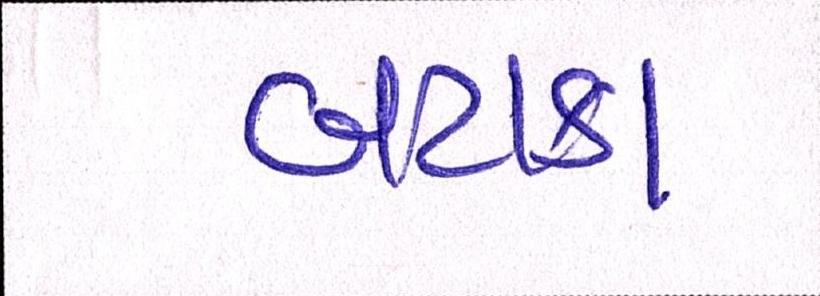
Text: બટાકા